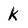
Character: k